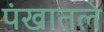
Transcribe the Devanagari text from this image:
पंखातले